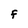
Character: F